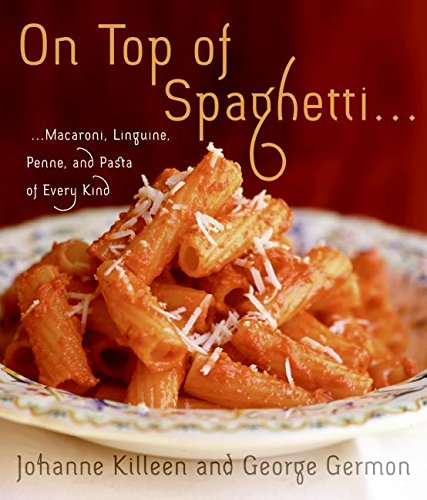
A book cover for On Top of Spaghetti: Macaroni, Linguine, Penne, and Pasta of Every Kind; Johanne Killeen; Cookbooks, Food & Wine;